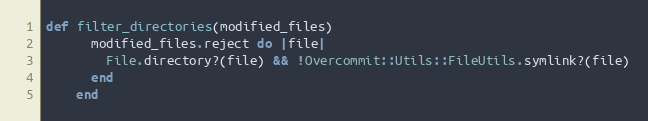
Language: Ruby
def filter_directories(modified_files)
      modified_files.reject do |file|
        File.directory?(file) && !Overcommit::Utils::FileUtils.symlink?(file)
      end
    end